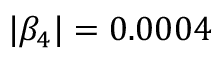
| \beta _ { 4 } | = 0 . 0 0 0 4